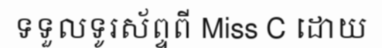
ទទួលទូរស័ព្ទពី Miss C ដោយ